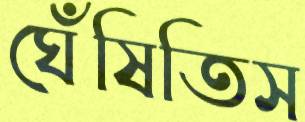
ঘেঁষিতিস